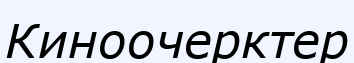
Киноочерктер